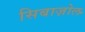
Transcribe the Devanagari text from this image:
सिबाज़ोल